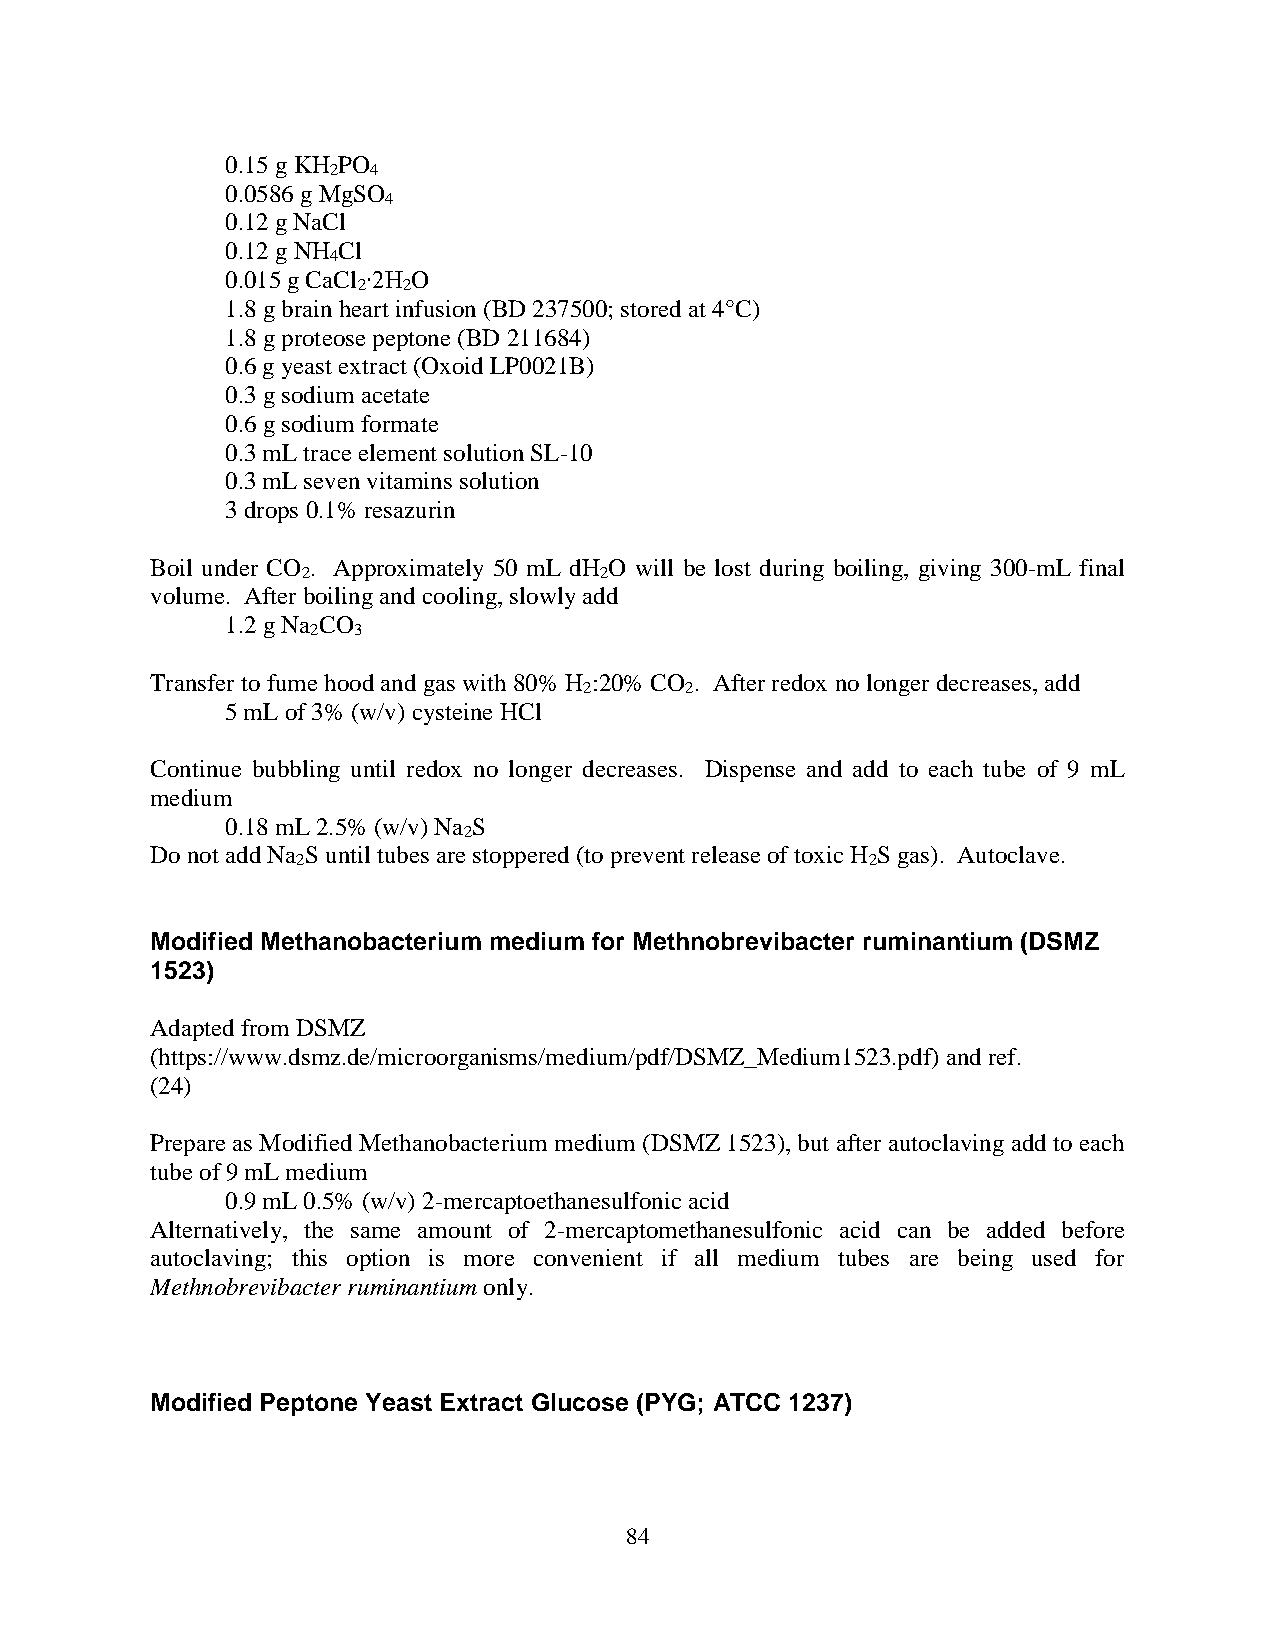
0.15 g KH PO
 2 4
 0.0586 g MgSO
 4
 0.12 g NaCl
 0.12 g NH Cl
 4
 0.015 g CaCl ∙2H O
 2  2
 1.8 g brain heart infusion (BD 237500; stored at 4°C)
 1.8 g proteose peptone (BD 211684)
 0.6 g yeast extract (Oxoid LP0021B)
 0.3 g sodium acetate
 0.6 g sodium formate
 0.3 mL trace element solution SL-10
 0.3 mL seven vitamins solution
 3 drops 0.1% resazurin
 Boil under CO . Approximately 50 mL dH O will be lost during boiling, giving 300-mL final
 2                   2
 volume. After boiling and cooling, slowly add
 1.2 g Na CO
 2 3
 Transfer to fume hood and gas with 80% H :20% CO . After redox no longer decreases, add
 2     2
 5 mL of 3% (w/v) cysteine HCl
 Continue bubbling until redox no longer decreases. Dispense and add to each tube of 9 mL
 medium
 0.18 mL 2.5% (w/v) Na S
 2
 Do not add Na S until tubes are stoppered (to prevent release of toxic H S gas). Autoclave.
 2                                     2
 Modified Methanobacterium medium for Methnobrevibacter ruminantium (DSMZ
 1523)
 Adapted from DSMZ
 (https://www.dsmz.de/microorganisms/medium/pdf/DSMZ_Medium1523.pdf) and ref.
 (24)
 Prepare as Modified Methanobacterium medium (DSMZ 1523), but after autoclaving add to each
 tube of 9 mL medium
 0.9 mL 0.5% (w/v) 2-mercaptoethanesulfonic acid
 Alternatively, the same amount of 2-mercaptomethanesulfonic acid can be added before
 autoclaving; this option is more convenient if all medium tubes are being used for
 Methnobrevibacter ruminantium only.
 Modified Peptone Yeast Extract Glucose (PYG; ATCC 1237)
 84